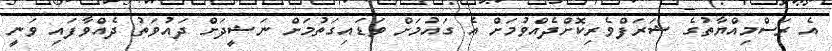
އެ ރަސްމިއްޔާތުގެ ޝަރަފްވެރިކޮށްދެއްވުމަށް އެ ގައުމަށް ވަޑައިގަތުމަށް ނަޝީދަށް ދައުވަތު ދެއްވާފައި ވަނީ